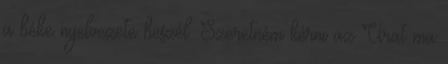
a béke nyelvezete beszél. Szeretném kérni az Urat ma